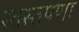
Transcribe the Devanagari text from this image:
स्वस्तपणा